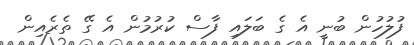
ފުލުހުން ބުނީ އެ ގެ ބަލައި ފާސް ކުރުމުން އެ ގޭ ތެރެއިން